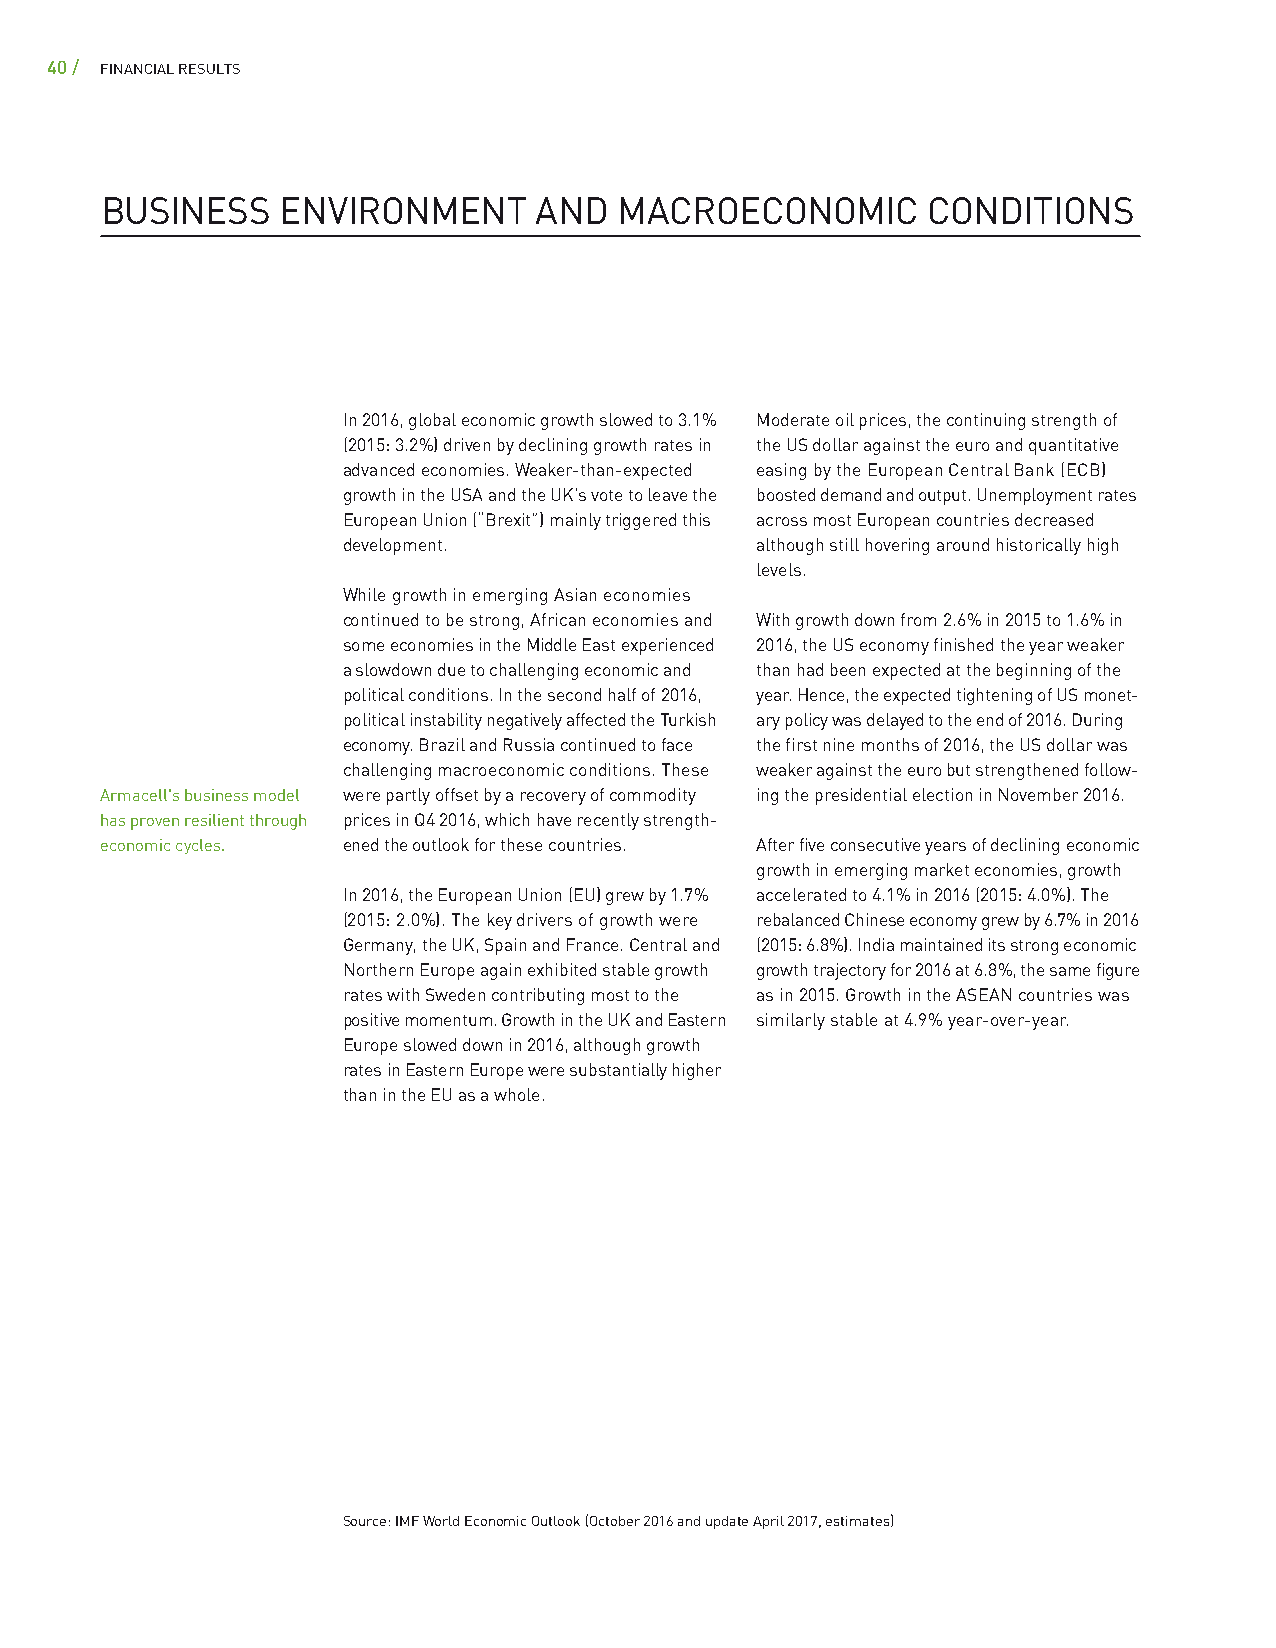
40 / FINANCIAL RESULTS
 BUSINESS   ENVIRONMENT      AND   MACROECONOMIC       CONDITIONS
 In 2016, global economic growth slowed to 3.1 % Moderate oil prices, the continuing strength of
 (2015: 3.2 %) driven by declining growth rates in the US dollar against the euro and quantitative
 advanced economies. Weaker-than-expected easing by the European Central Bank (ECB)
 growth in the USA and the UK’s vote to leave the boosted demand and output. Unemployment rates
 European Union (“Brexit”) mainly triggered this across most European countries decreased
 development.               although still hovering around historically high
 levels.
 While growth in emerging Asian economies
 continued to be strong, African economies and With growth down from 2.6 % in 2015 to 1.6 % in
 some economies in the Middle East experienced 2016, the US economy finished the year weaker
 a slowdown due to challenging economic and than had been expected at the beginning of the
 political conditions. In the second half of 2016, year. Hence, the expected tightening of US monet-
 political instability negatively affected the Turkish ary policy was delayed to the end of 2016. During
 economy. Brazil and Russia continued to face the first nine months of 2016, the US dollar was
 challenging macroeconomic conditions. These weaker against the euro but strengthened follow-
 Armacell's business model were partly offset by a recovery of commodity ing the presidential election in November 2016.
 has proven resilient through prices in Q4 2016, which have recently strength-
 economic cycles. ened the outlook for these countries. After five consecutive years of declining economic
 growth in emerging market economies, growth
 In 2016, the European Union (EU) grew by 1.7 % accelerated to 4.1 % in 2016 (2015: 4.0 %). The
 (2015: 2.0 %). The key drivers of growth were rebalanced Chinese economy grew by 6.7 % in 2016
 Germany, the UK, Spain and France. Central and (2015: 6.8 %). India maintained its strong economic
 Northern Europe again exhibited stable growth growth trajectory for 2016 at 6.8 %, the same figure
 rates with Sweden contributing most to the as in 2015. Growth in the ASEAN countries was
 positive momentum. Growth in the UK and Eastern similarly stable at 4.9 % year-over-year.
 Europe slowed down in 2016, although growth
 rates in Eastern Europe were substantially higher
 than in the EU as a whole.
 Source: IMF World Economic Outlook (October 2016 and update April 2017, estimates)